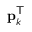
\mathbf { p } _ { k } ^ { \mathsf { T } }